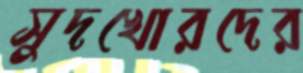
সুদখোরদের